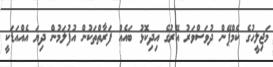
މަޖިލީހުގެ ކެމްޕޭން ދުވަސްވަރު އޭރުގެ އިދިކޮޅު ބައެއް ފަރާތްތަކުން އުފުލަމުން ދިޔަ އެއްއަޑަކީ